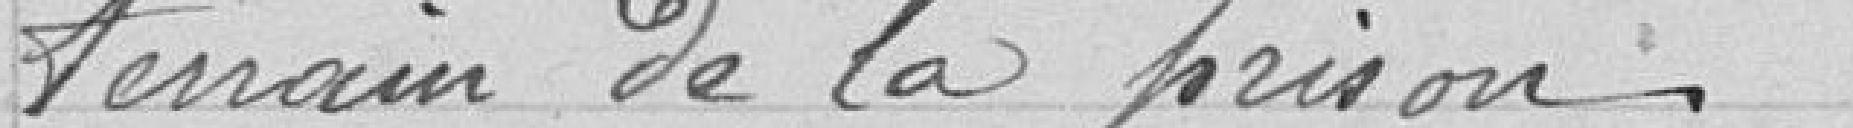
terrain de la prison.